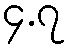
၄.၇